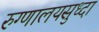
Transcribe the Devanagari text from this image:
रुग्णालयसुध्दा